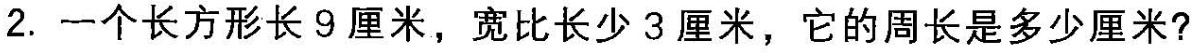
2.一个长方形长9厘米，宽比长少3厘米，它的周长是多少厘米?